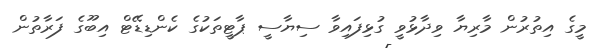
މީގެ އިތުރުން މާރިޔާ ވިދާޅުވީ ގުޅިފައިވާ ސިޔާސީ ޕާޓީތަކުގެ ކެންޑިޑޭޓް އިބޫގެ ފަރާތުން